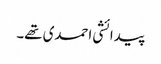
پیدائشی احمدی تھے۔